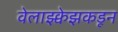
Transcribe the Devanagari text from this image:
वेलाझ्क्वेझकडून